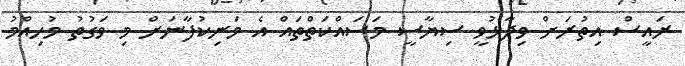
ރައީސް އިތުރަށް ވިދާޅުވީ ސިޔާސީ މަސައްކަތްތައް އެ މަނިކުފާނަށް މި ވަގުތު މުހިއްމު